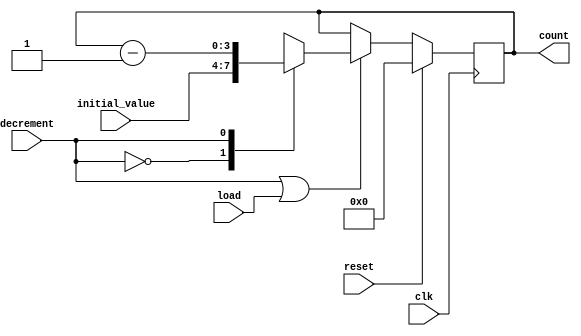
module decrementer(

input clk,
input reset, 
input decrement,
input load,
input [3:0] initial_value,
output reg [3:0] count
);

reg enable;
reg [3:0] mux_out;

always @ (*)
enable = decrement | load ;

always @ (*)

	begin
	case(decrement)
	2'b0 : mux_out = initial_value;
	2'b1 : mux_out = count-1;
	endcase
	end


always @ (posedge clk)	
	begin
	if(reset)
	count <=  0;
	else if (enable)
	count <=  mux_out;
	end
	
endmodule